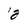
Character: 2